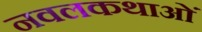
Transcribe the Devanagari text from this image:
नवलकथाओं